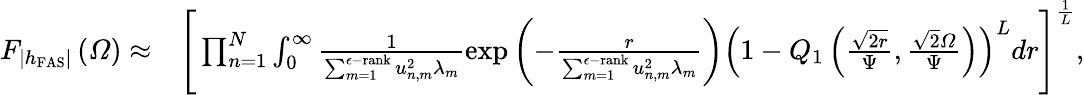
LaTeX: \begin{array}{rl}{F_{\left|h_{\mathrm{FAS}}\right|}\left(\varOmega\right)\approx}&{\Bigg[\prod_{n=1}^{N}\intop_{0}^{\infty}\frac{1}{\sum_{m=1}^{\epsilon\mathrm{-}\mathrm{rank}}u_{n,m}^{2}\lambda_{m}}\exp\left(-\frac{r}{\sum_{m=1}^{\epsilon\mathrm{-}\mathrm{rank}}u_{n,m}^{2}\lambda_{m}}\right)\left(1-Q_{1}\left(\frac{\sqrt{2r}}{\Psi},\frac{\sqrt{2}\varOmega}{\Psi}\right)\right)^{L}dr\Bigg]^{\frac{1}{L}},}\end{array}